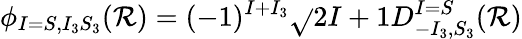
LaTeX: \phi_{I=S,I_{3}S_{3}}(\mathcal{R})=(-1)^{I+I_{3}}\sqrt{}{{2I+1}}D_{-I_{3},S_{3}}^{I=S}(\mathcal{R})